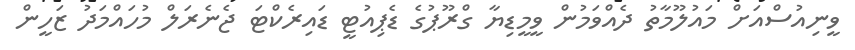
ވީނިއުސްއަށް މައުލޫމާތު ދެއްވަމުން ވީމީޑިޔާ ގްރޫޕުގެ ޑެޕިއުޓީ ޑައިރެކްޓަ ޖެނެރަލް މުހައްމަދު ޒަހީން